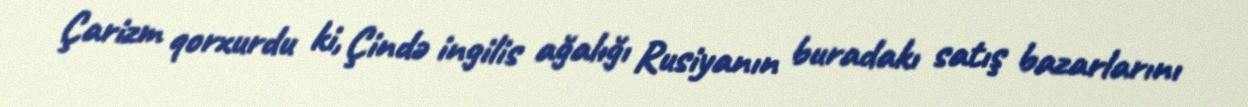
Çarizm qorxurdu ki, Çində ingilis ağalığı Rusiyanın buradakı satış bazarlarını